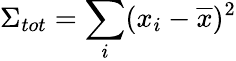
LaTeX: \Sigma_{tot}=\sum_{i}(x_{i}-\overline{{x}})^{2}